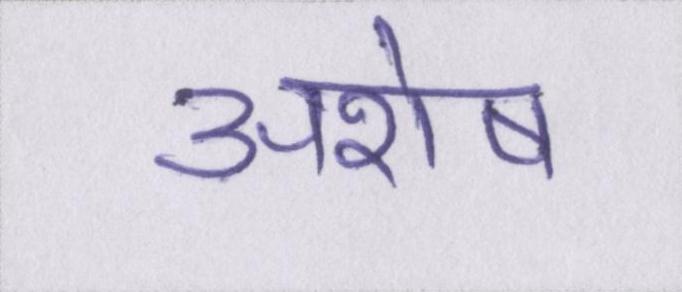
अशेष